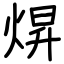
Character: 焺